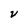
Character: V